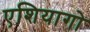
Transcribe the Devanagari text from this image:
एशियागो